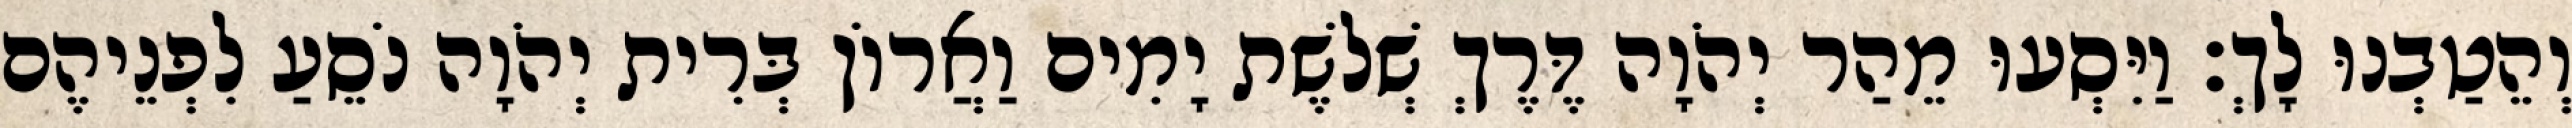
וְהֵטַבְנוּ לָךְ׃ וַיִּסְעוּ מֵהַר יְהֹוָה דֶּרֶךְ שְׁלשֶׁת יָמִים וַאֲרוֹן בְּרִית יְהֹוָה נֹסֵעַ לִפְנֵיהֶם